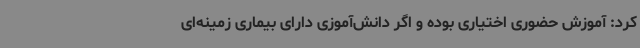
کرد: آموزش حضوری اختیاری بوده و اگر دانش‌آموزی دارای بیماری زمینه‌ای